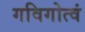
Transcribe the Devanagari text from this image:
गविगोत्वं